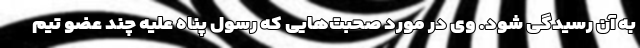
به آن رسیدگی شود. وی در مورد صحبت‌هایی که رسول پناه علیه چند عضو تیم